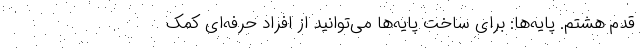
قدم هشتم. پایه‌ها: برای ساخت پایه‌ها می‌توانید از افراد حرفه‌ای کمک